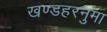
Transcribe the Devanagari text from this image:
खण्डहरनुमा